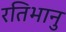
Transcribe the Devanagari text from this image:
रतिभानु